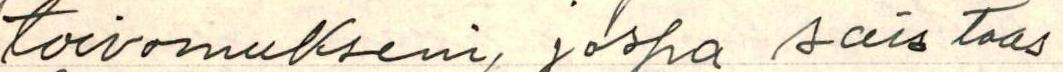
toivomukseni, jospa sais taas